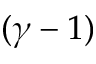
( \gamma - 1 )